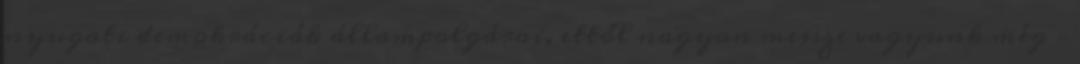
nyugati demokráciák állampolgárai, ettől nagyon messze vagyunk még –